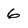
Character: 6